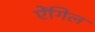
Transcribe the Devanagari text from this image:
ऐंगिल